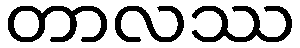
တာလဿ